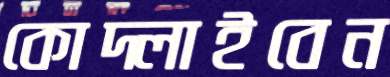
কোদ্‌লাইবেন